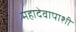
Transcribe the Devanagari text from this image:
महादेवापाशी